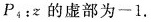
P_{4}: z的虚部为-1.